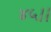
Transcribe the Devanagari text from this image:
४५।।